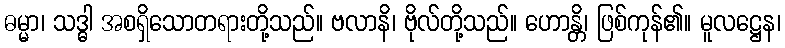
ဓမ္မာ၊ သဒ္ဓါ အစရှိသောတရားတို့သည်။ ဗလာနိ၊ ဗိုလ်တို့သည်။ ဟောန္တိ၊ ဖြစ်ကုန်၏။ မူလဋ္ဌေန၊